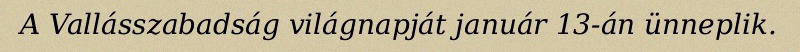
A Vallásszabadság világnapját január 13-án ünneplik.